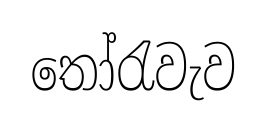
තෝරැවැව